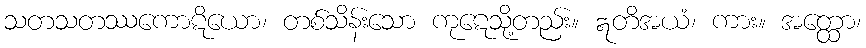
သတသတဿကောဋိယော၊ တစ်သိန်းသော ကုဋေသို့တည်း။ ဣတိအယံ၊ ကား။ အတ္ထော၊